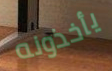
يأخذونه